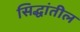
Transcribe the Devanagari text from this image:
सिद्धांतील